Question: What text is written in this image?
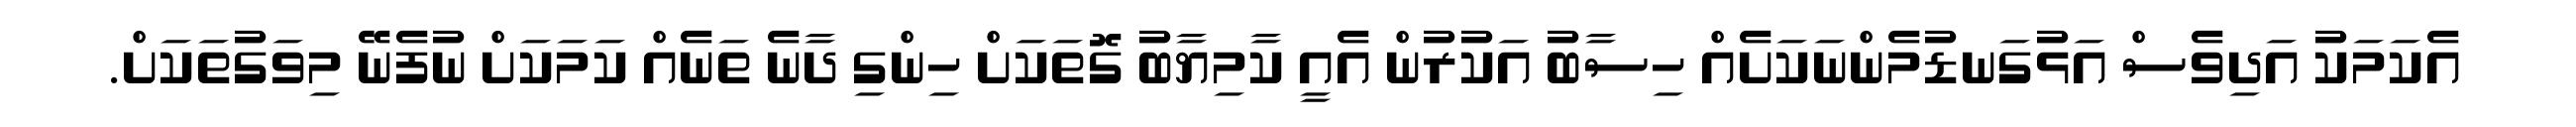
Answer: އެކަމަކު އަދިވެސް އަޅުގަނޑުމެންނަކަށެއް ހިސާބު އަކުރުން އެއީ ކާމިޔާބު ގޮތަކަށް ހިންގި ދާނެ ތަނެއް ކަމަކަށް ނުފެނޭ މިވަގުތަކަށް.